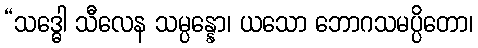
“သဒ္ဓေါ သီလေန သမ္ပန္နော၊ ယသော ဘောဂသမပ္ပိတော၊